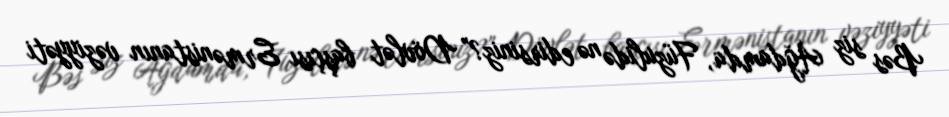
Bəs siz Ağdamda, Füzulidə nə edirsiniz?” Dövlət başçısı Ermənistanın vəziyyəti